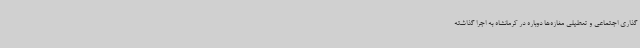
گذاری اجتماعی و تعطیلی مغازه‌ها دوباره در کرمانشاه به اجرا گذاشته